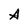
Character: A